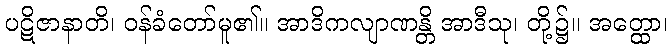
ပဋိဇာနာတိ၊ ဝန်ခံတော်မူ၏။ အာဒိကလျာဏန္တိ အာဒီသု၊ တို့၌။ အတ္ထော၊